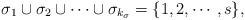
LaTeX: \begin{align*}\sigma_1\cup\sigma_2\cup\cdots\cup\sigma_{k_{\sigma}}=\{1,2,\cdots,s\},\end{align*}